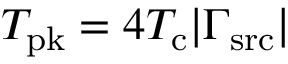
T _ { \mathrm { p k } } = 4 T _ { \mathrm { c } } | \Gamma _ { \mathrm { s r c } } |